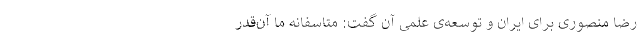
رضا منصوری برای ایران و توسعه‌ی علمیِ آن گفت: متاسفانه ما آن‌قدر